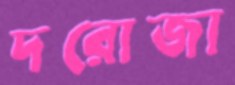
দরোজা